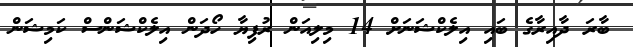
ބާރަ ދާއިރާގެ ބައި އިލެކްޝަނަށް 14 މިލިއަން ރުފިޔާ ހޯދަން އިލެކްޝަންސް ކަމިޝަން